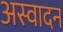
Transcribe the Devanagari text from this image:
अस्वादन